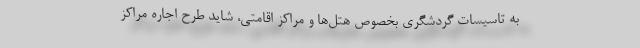
به تاسیسات گردشگری بخصوص هتل‌ها و مراکز اقامتی، شاید طرح اجاره مراکز